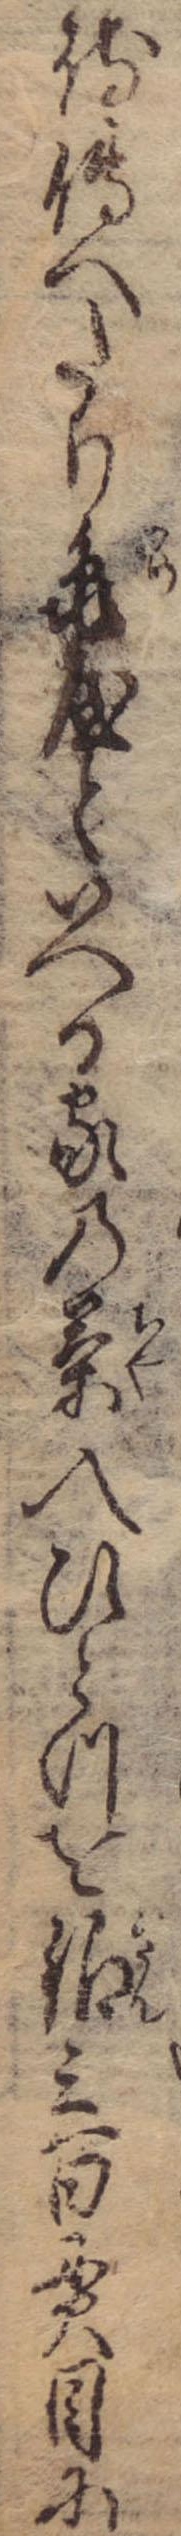
持傅へたり亀屋といへる家の茶入ひとつを銀三百貫目に